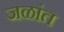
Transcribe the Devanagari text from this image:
जळांत